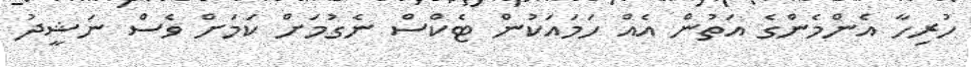
ހުރިހާ އެންމެންގެ އަތުން އެއް ހަމައަކުން ޓެކްސް ނެގުމަށް ކަމަށް ވެސް ނަޝީދު